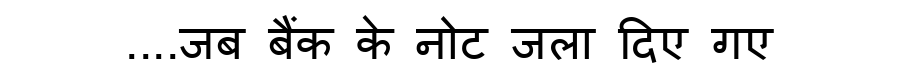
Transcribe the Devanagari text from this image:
....जब बैंक के नोट जला दिए गए